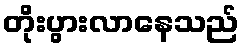
တိုးပွားလာနေသည်